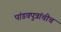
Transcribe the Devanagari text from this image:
पांडवपुत्रांचीच